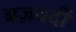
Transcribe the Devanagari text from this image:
बज़वर्दी